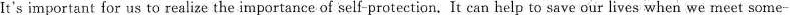
It's important for us to realize the importance of self-protection.It can help to save our lives when we meet some-